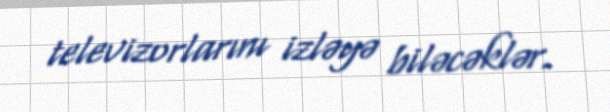
televizorlarını izləyə biləcəklər.